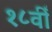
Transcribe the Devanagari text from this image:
१८वीँ